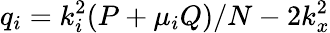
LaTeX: q_{i}=k_{i}^{2}(P+\mu_{i}Q)/N-2k_{x}^{2}